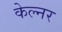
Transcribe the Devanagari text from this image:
केल्नर